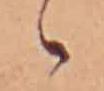
ゝ